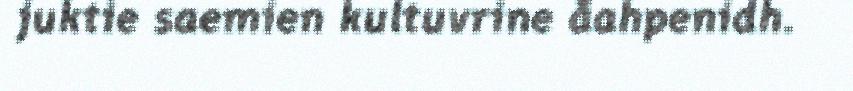
juktie saemien kultuvrine åahpenidh.